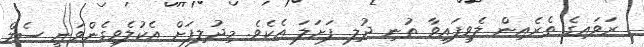
ރަވައިގެ ތެރެއިން ލެވިފައިވާ ތުނި ދުލި ފަށަލަ އެކެވެ. މިދުލިފަށް އެކުލެވިގެންވަނީ ސެލް